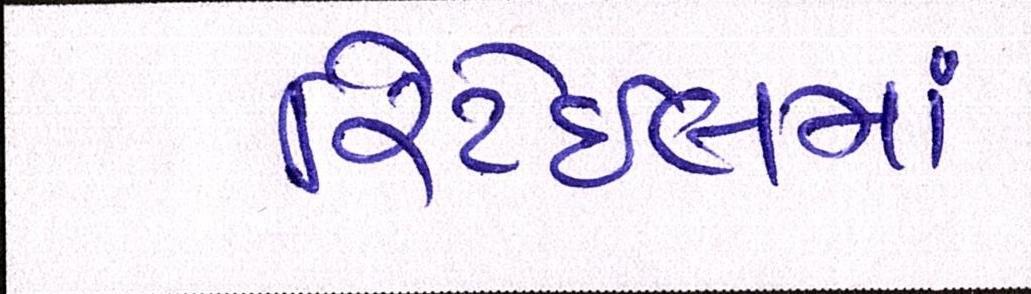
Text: રિટેઈલમાં